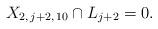
LaTeX: \begin{align*} X_{2, \, j+2, \, 10} \cap L_{j+2} = 0.\end{align*}